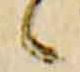
々